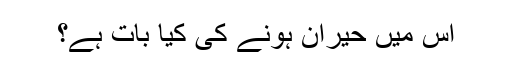
اس میں حیران ہونے کی کیا بات ہے؟